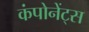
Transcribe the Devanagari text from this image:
कंपोनेंट्स